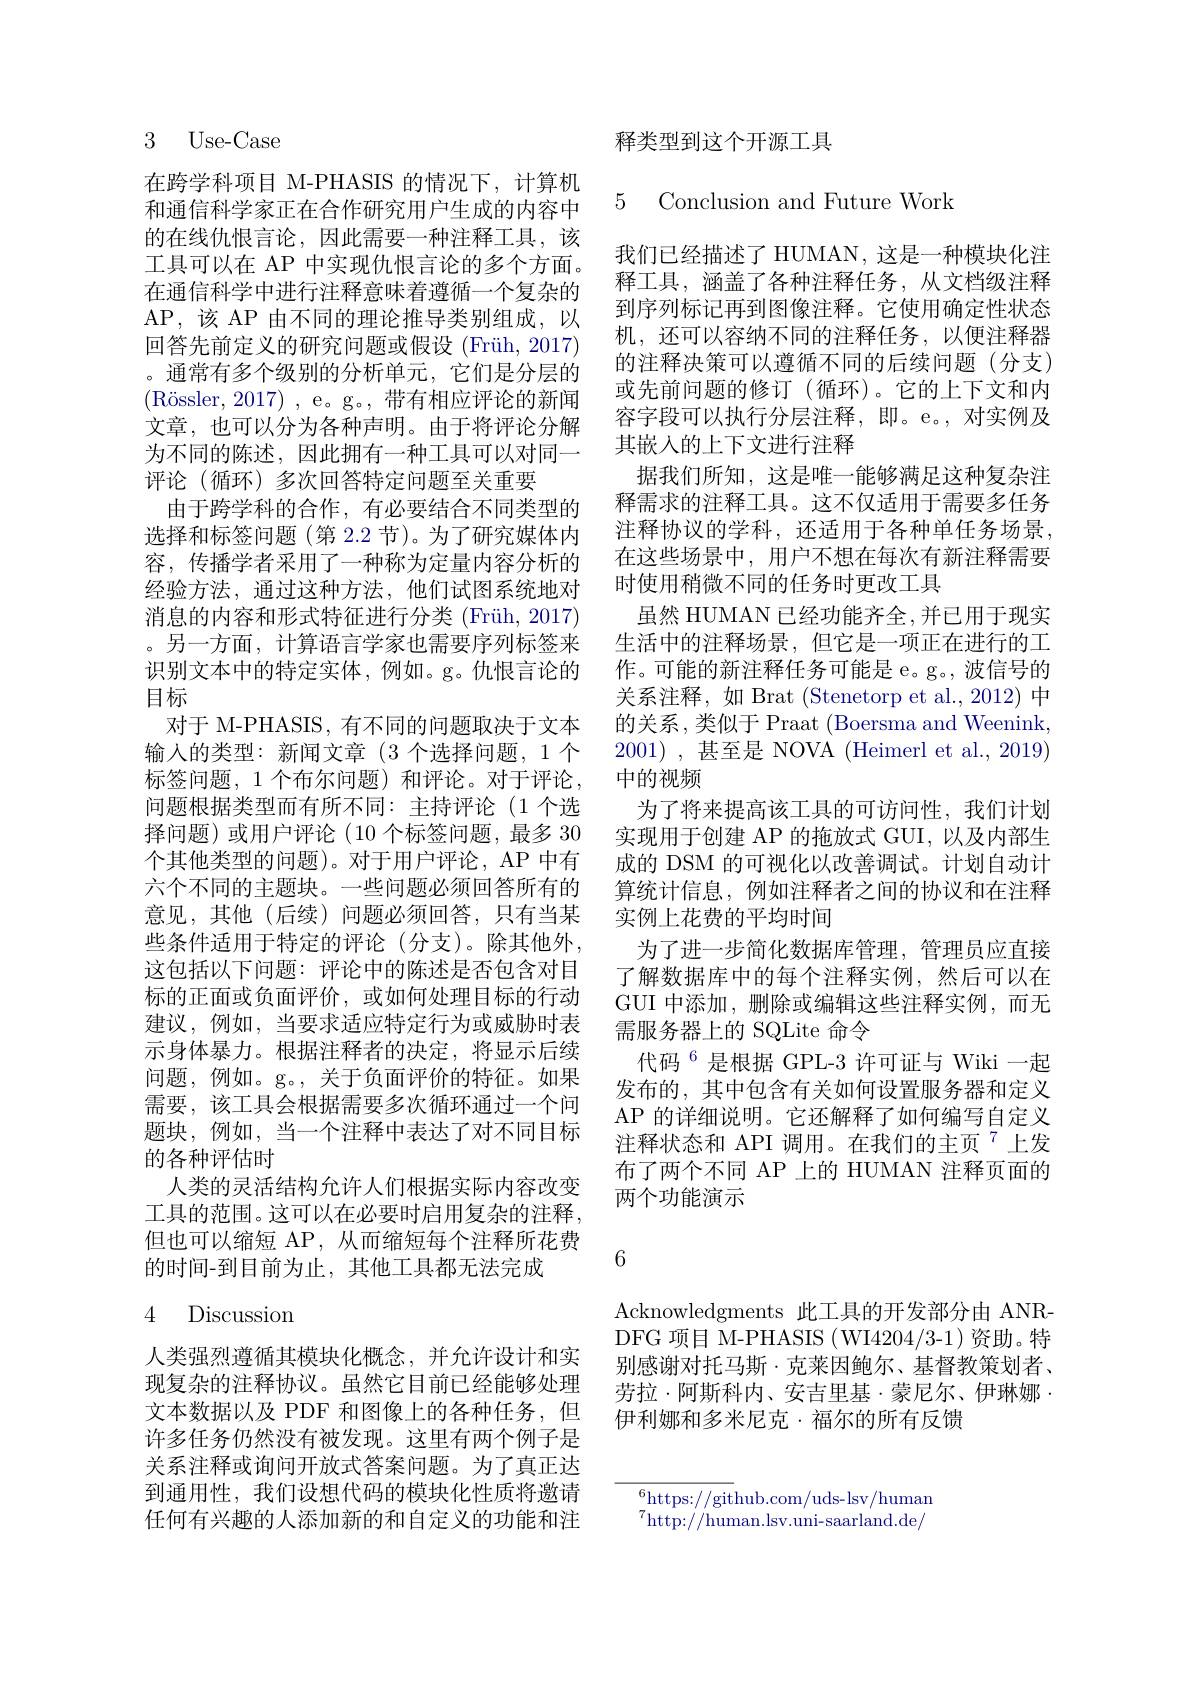
3 Use-Case

在跨学科项目 M-PHASIS 的情况下，计算机和通信科学家正在合作研究用户生成的内容中的在线仇恨言论，因此需要一种注释工具，该工具可以在 AP 中实现仇恨言论的多个方面。在通信科学中进行注释意味着遵循一个复杂的AP,该 AP 由不同的理论推导类别组成，以回答先前定义的研究问题或假设 (Früh, 2017) 。通常有多个级别的分析单元，它们是分层的(R$\" {o}$ssler, 2017) , e。g。, 带有相应评论的新闻文章，也可以分为各种声明。由于将评论分解为不同的陈述，因此拥有一种工具可以对同一评论(循环)多次回答特定问题至关重要
由于跨学科的合作，有必要结合不同类型的选择和标签问题(第 2.2 节)。为了研究媒体内容，传播学者采用了一种称为定量内容分析的经验方法，通过这种方法，他们试图系统地对消息的内容和形式特征进行分类 (Früh, 2017) 。另一方面，计算语言学家也需要序列标签来识别文本中的特定实体，例如。g。仇恨言论的目标
对于 M-PHASIS, 有不同的问题取决于文本输入的类型：新闻文章(3 个选择问题，1 个标签问题，1 个布尔问题) 和评论。对于评论， 问题根据类型而有所不同：主持评论(1 个选择问题)或用户评论(10个标签问题，最多 30个其他类型的问题)。对于用户评论，AP 中有六个不同的主题块。一些问题必须回答所有的意见，其他(后续)问题必须回答，只有当某些条件适用于特定的评论(分支)。除其他外， 这包括以下问题：评论中的陈述是否包含对目标的正面或负面评价，或如何处理目标的行动建议，例如，当要求适应特定行为或威胁时表示身体暴力。根据注释者的决定，将显示后续问题，例如。g。,关于负面评价的特征。如果需要，该工具会根据需要多次循环通过一个问题块，例如，当一个注释中表达了对不同目标的各种评估时
人类的灵活结构允许人们根据实际内容改变工具的范围。这可以在必要时启用复杂的注释， 但也可以缩短 AP, 从而缩短每个注释所花费的时间-到目前为止，其他工具都无法完成

## 4 Discussion

人类强烈遵循其模块化概念，并允许设计和实现复杂的注释协议。虽然它目前已经能够处理文本数据以及 PDF 和图像上的各种任务，但许多任务仍然没有被发现。这里有两个例子是关系注释或询问开放式答案问题。为了真正达到通用性，我们设想代码的模块化性质将邀请任何有兴趣的人添加新的和自定义的功能和注

释类型到这个开源工具

5 Conclusion and Future Work

我们已经描述了 HUMAN, 这是一种模块化注释工具，涵盖了各种注释任务，从文档级注释到序列标记再到图像注释。它使用确定性状态机，还可以容纳不同的注释任务，以便注释器的注释决策可以遵循不同的后续问题(分支) 或先前问题的修订(循环)。它的上下文和内容字段可以执行分层注释，即。e。,对实例及其嵌入的上下文进行注释
据我们所知，这是唯一能够满足这种复杂注释需求的注释工具。这不仅适用于需要多任务注释协议的学科，还适用于各种单任务场景， 在这些场景中，用户不想在每次有新注释需要时使用稍微不同的任务时更改工具
虽然 HUMAN 已经功能齐全 ,并已用于现实生活中的注释场景，但它是一项正在进行的工作。可能的新注释任务可能是 e。g。波信号的关系注释，如 Brat (Stenetorp et al.,2012) 中的关系，类似于 Praat (Boersma and Weenink 2001), 甚至是 NOVA (Heimerl et al., 2019) 中的视频
为了将来提高该工具的可访问性，我们计划实现用于创建 AP 的拖放式 GUI, 以及内部生成的 DSM 的可视化以改善调试。计划自动计算统计信息，例如注释者之间的协议和在注释实例上花费的平均时间
为了进一步简化数据库管理，管理员应直接了解数据库中的每个注释实例，然后可以在GUI 中添加，删除或编辑这些注释实例，而无需服务器上的 SQLite 命令
代码$^{6}$是根据 GPL-3 许可证与 Wiki 一起发布的，其中包含有关如何设置服务器和定义AP 的详细说明。它还解释了如何编写自定义注释状态和 API 调用。在我们的主页$^{7}$上发布了两个不同 AP 上的 HUMAN 注释页面的两个功能演示

6

Acknowledgments 此工具的开发部分由 ANRDFG 项目 M-PHASIS ( WI4204/3-1)资助。特别感谢对托马斯·克莱因鲍尔、基督教策划者、 劳拉·阿斯科内、安吉里基·蒙尼尔、伊琳娜· 伊利娜和多米尼克·福尔的所有反馈

$^{6}$https://github.com/uds-lsv/humam $^{7}$http://human.lsv.uni-saarland.de/